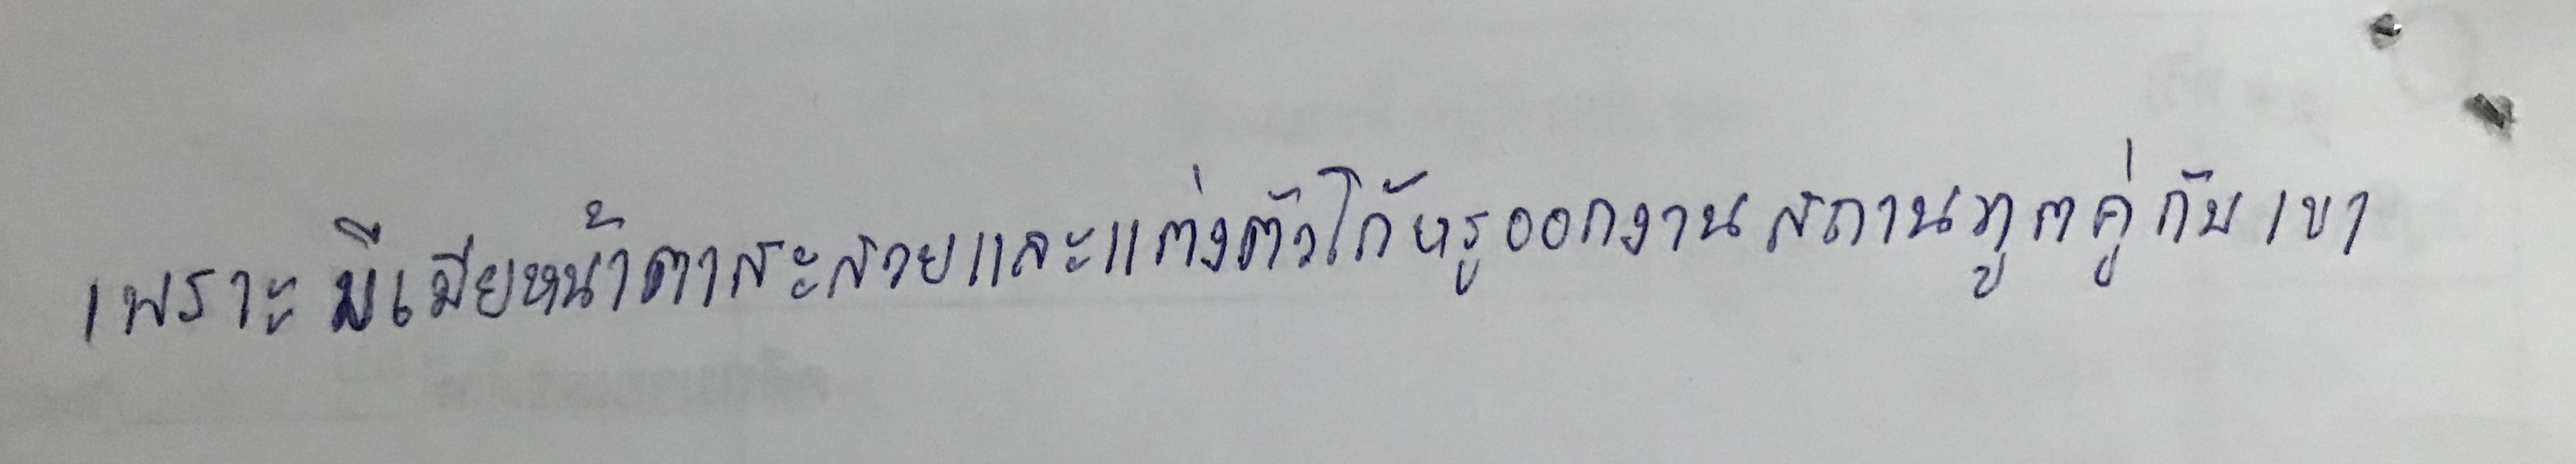
เพราะมีเมียหน้าตาสะสวยและแต่งตัวโก้หรูออกงานสถานทูตคู่กับเขา